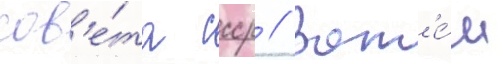
сов'е́та ссср // Зат'е́м